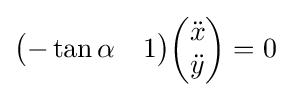
{\begin{pmatrix}-\tan \alpha &1\end{pmatrix}}{\begin{pmatrix}{\ddot {x}}\\{\ddot {y}}\end{pmatrix}}=0